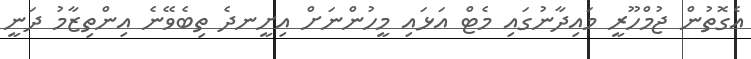
އެގޮތުން ޖުމްހޫރީ މައިދާނުގައި މެޓް އަޅައި މީހުންނަށް އިށީނދެ ތިބެވޭނެ އިންތިޒާމު ދަނީ